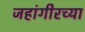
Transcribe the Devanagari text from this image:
जहांगीरच्या